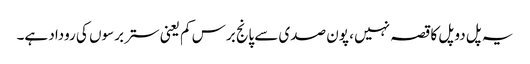
یہ پل دو پل کا قصہ نہیں ، پون صدی سے پانج برس کم یعنی ستر برسوں کی روداد ہے۔